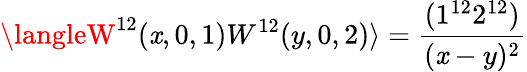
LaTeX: \langleW^{12}(\mathit{x},0,1)W^{12}(y,0,2)\rangle=\frac{{(1^{12}2^{12})}}{{(\mathit{x}-y)^{2}}}